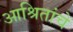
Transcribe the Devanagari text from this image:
आश्रितांचे